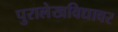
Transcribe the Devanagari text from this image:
पुरालेखविद्यावर